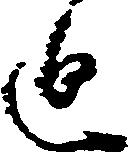
迫